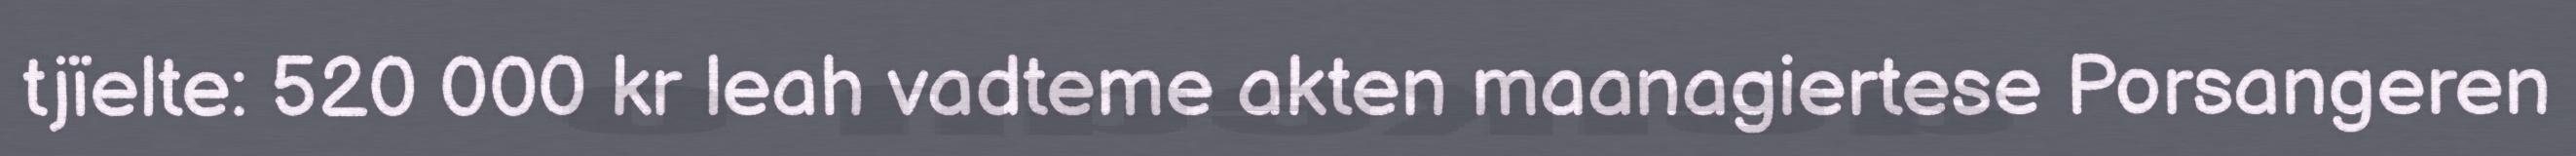
tjïelte: 520 000 kr leah vadteme akten maanagiertese Porsangeren